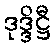
ဒုဒ္ဒိဋ္ဌီ